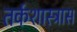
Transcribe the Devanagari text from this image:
तर्कशास्त्रास